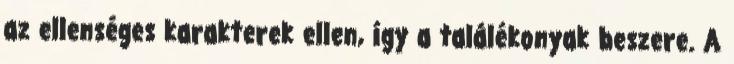
az ellenséges karakterek ellen, így a találékonyak beszere. A